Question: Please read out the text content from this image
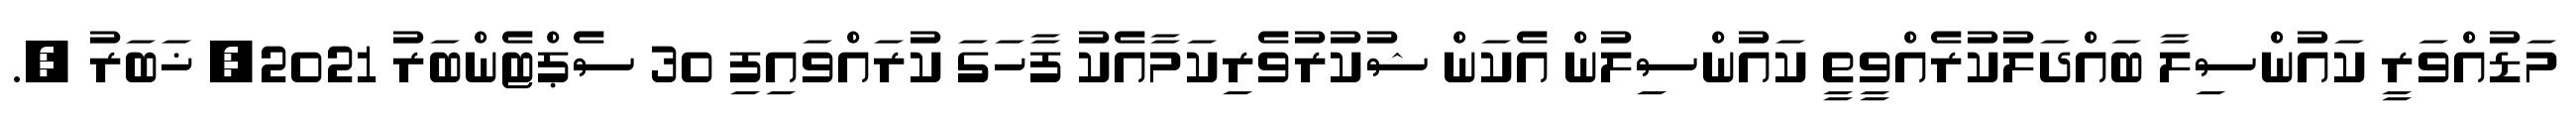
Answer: މަޑުއްވަރީ ކައުންސިލާ ބައްދަލުކުރެއްވީތީ ކައުންސިލުން އެކަން ޝުކުރުވެރިކަމާއެކު ފާހަގަ ކުރައްވައިފި 30 ސެޕްޓެންބަރު 2021, ޚަބަރު ;.